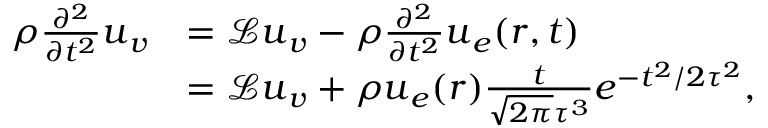
\begin{array} { r l } { \rho \frac { \partial ^ { 2 } } { \partial t ^ { 2 } } \boldsymbol { u } _ { \boldsymbol { v } } } & { = \mathcal { L } \boldsymbol { u } _ { \boldsymbol { v } } - \rho \frac { \partial ^ { 2 } } { \partial t ^ { 2 } } \boldsymbol { u } _ { \boldsymbol { e } } ( \boldsymbol { r } , t ) } \\ & { = \mathcal { L } \boldsymbol { u } _ { \boldsymbol { v } } + \rho \boldsymbol { u } _ { \boldsymbol { e } } ( \boldsymbol { r } ) \frac { t } { \sqrt { 2 \pi } \tau ^ { 3 } } e ^ { - t ^ { 2 } / { 2 \tau ^ { 2 } } } , } \end{array}